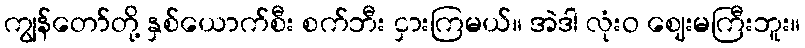
ကျွန်တော်တို့ နှစ်ယောက်စီး စက်ဘီး ငှားကြမယ်။ အဲဒါ လုံးဝ ဈေးမကြီးဘူး။